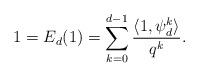
LaTeX: \begin{align*} 1 = E_d(1) = \sum_{k=0}^{d-1}\frac{\langle 1, \psi_d^k\rangle}{q^k}.\end{align*}